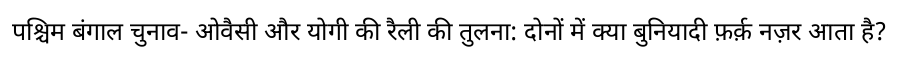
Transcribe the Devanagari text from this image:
पश्चिम बंगाल चुनाव- ओवैसी और योगी की रैली की तुलना: दोनों में क्या बुनियादी फ़र्क़ नज़र आता है?